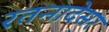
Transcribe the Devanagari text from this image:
रतनादेसर